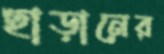
ছাড়ানের